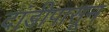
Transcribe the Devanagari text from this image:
दांडीपासून